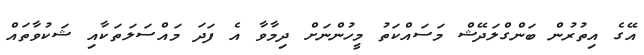
އޭގެ އިތުރުން ބަންގްލަދޭޝް މަސައްކަތު މީހުންނަށް ދިމާވާ އެ ފަދަ މައްސަލަތަކާއި ޝަކުވާތައް